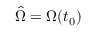
\hat { \Omega } = \Omega ( t _ { 0 } )